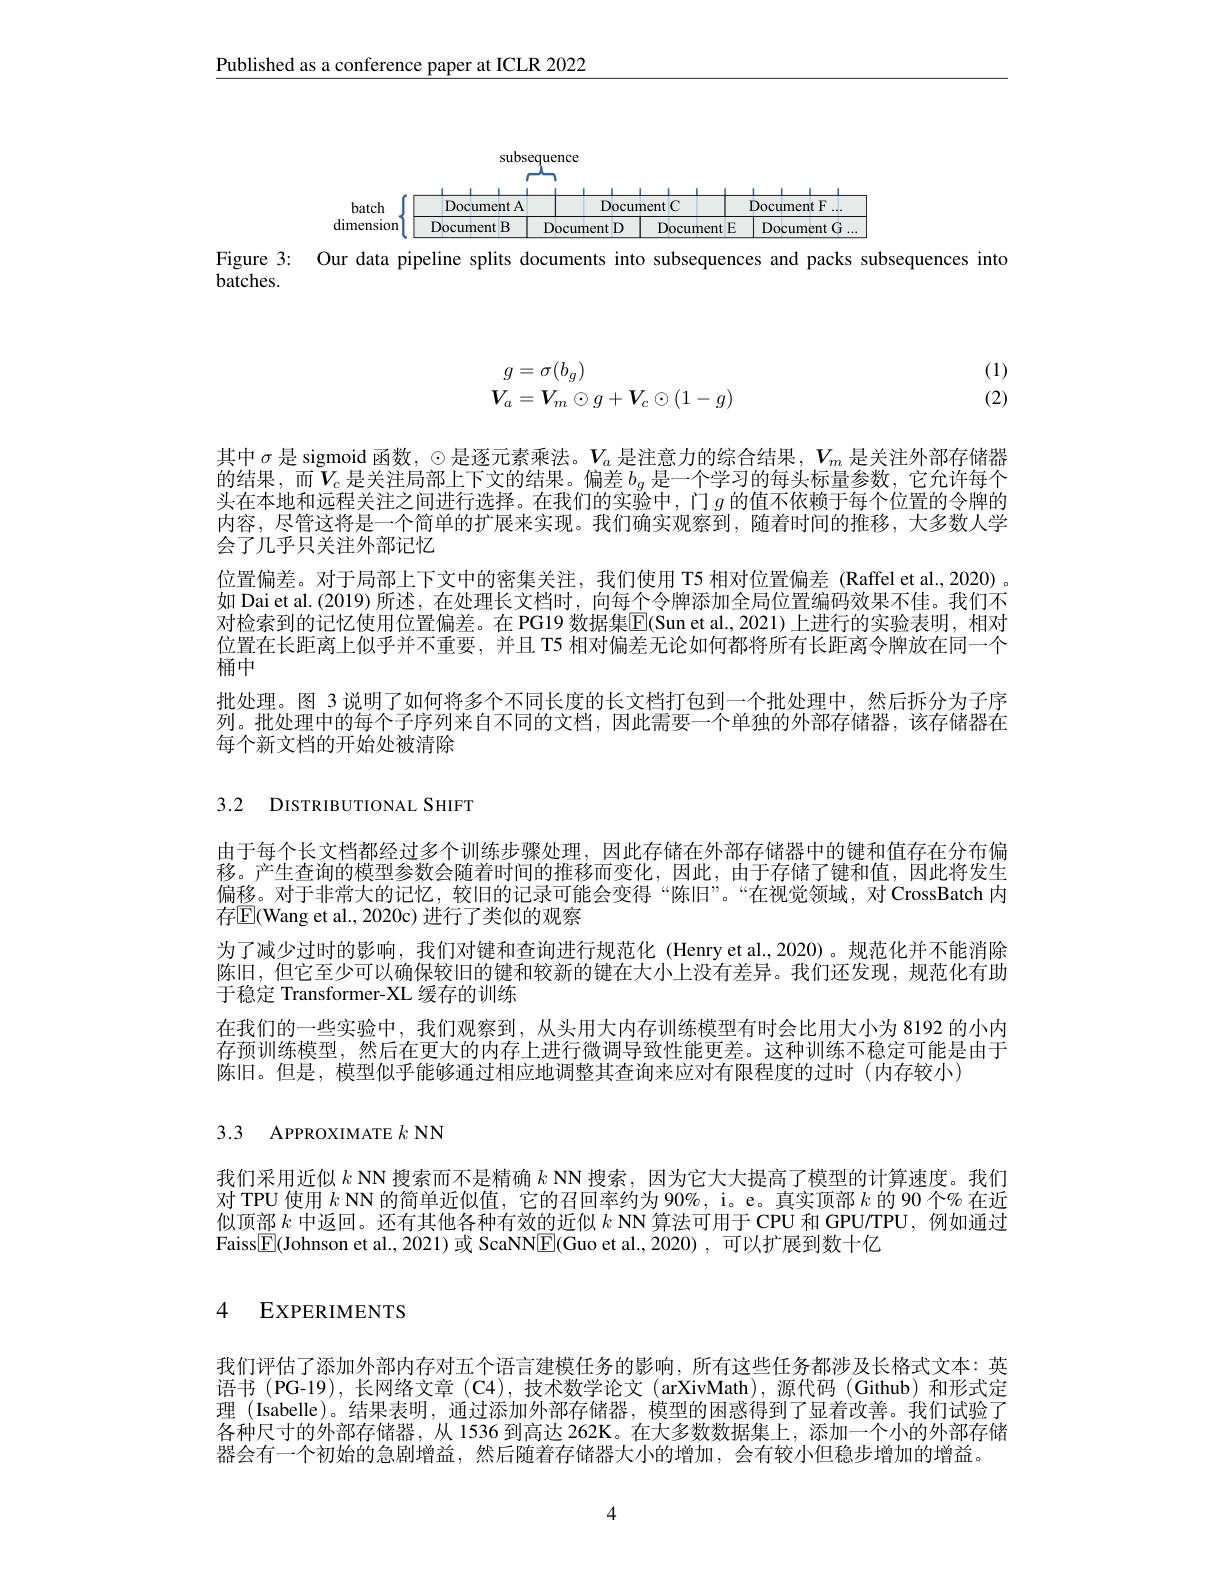
$\underline{\text{Published as a conference paper at ICLR 2022}}$

<FigureHere>
Figure 3: Our data pipeline splits documents into subsequences and packs subsequences into

batches.

(1) (2)
$$\begin{array}{c}g=\sigma(b_g)\\V_a=V_m\odot g+V_c\odot(1-g)\end{array}$$
其中$\sigma$是 sigmoid 函数，$\odot$是逐元素乘法。$V_a$是注意力的综合结果$,V_m$是关注外部存储器的结果，而$V_c$是关注局部上下文的结果。偏差$b_g$是一个学习的每头标量参数，它允许每个头在本地和远程关注之间进行选择。在我们的实验中，门$g$ 的值不依赖于每个位置的令牌的内容，尽管这将是一个简单的扩展来实现。我们确实观察到，随着时间的推移，大多数人学会了几乎只关注外部记忆
位置偏差。对于局部上下文中的密集关注，我们使用 T5 相对位置偏差 (Raffel et al.,2020) 如 Dai et al.(2019)所述，在处理长文档时，向每个令牌添加全局位置编码效果不佳。我们不对检索到的记忆使用位置偏差。在 PG19 数据集$\mathbb{E}$(Sun et al.,2021)上进行的实验表明，相对位置在长距离上似乎并不重要，并且 T5 相对偏差无论如何都将所有长距离令牌放在同一个桶中
批处理。图 3 说明了如何将多个不同长度的长文档打包到一个批处理中，然后拆分为子序列。批处理中的每个子序列来自不同的文档，因此需要一个单独的外部存储器，该存储器在每个新文档的开始处被清除

3.2 DISTRIBUTIONAL SHIFT

由于每个长文档都经过多个训练步骤处理，因此存储在外部存储器中的键和值存在分布偏移。产生查询的模型参数会随着时间的推移而变化，因此，由于存储了键和值，因此将发生偏移。对于非常大的记忆，较旧的记录可能会变得“陈旧”。“在视觉领域，对 CrossBatch 内存$\mathbb{E}($Wang et al., 2020c) 进行了类似的观察
为了减少过时的影响，我们对键和查询进行规范化 (Henry et al.,2020)。规范化并不能消除陈旧，但它至少可以确保较旧的键和较新的键在大小上没有差异。我们还发现，规范化有助于稳定 Transformer-XL 缓存的训练
在我们的一些实验中，我们观察到，从头用大内存训练模型有时会比用大小为 8192 的小内存预训练模型，然后在更大的内存上进行微调导致性能更差。这种训练不稳定可能是由于陈旧。但是，模型似乎能够通过相应地调整其查询来应对有限程度的过时(内存较小)

3.3 APPROXIMATE $k$ NN

我们采用近似$k$ NN 搜索而不是精确$k$ NN 搜索，因为它大大提高了模型的计算速度。我们对 TPU 使用$k$ NN 的简单近似值，它的召回率约为 90%, i。e。真实顶部$k$的 90 个% 在近似顶部$k$中返回。还有其他各种有效的近似$k$ NN 算法可用于 CPU 和 GPU/TPU, 例如通过Faiss$\boxed{\mathrm{F}}($Johnson et al., 2021)或 ScaNN$\boxed{\mathrm{F}}($Guo et al.,2020),可以扩展到数十亿

# 4 EXPERIMENTS

我们评估了添加外部内存对五个语言建模任务的影响，所有这些任务都涉及长格式文本：英语书 (PG-19), 长网络文章 (C4),技术数学论文 (arXivMath),源代码 (Github)和形式定理 (Isabelle)。结果表明，通过添加外部存储器，模型的困惑得到了显着改善。我们试验了各种尺寸的外部存储器，从 1536 到高达 262K。在大多数数据集上，添加一个小的外部存储器会有一个初始的急剧增益，然后随着存储器大小的增加，会有较小但稳步增加的增益。

4